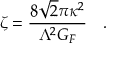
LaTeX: \zeta = { \frac { 8 \sqrt { 2 } \pi \kappa ^ { 2 } } { \Lambda ^ { 2 } G _ { F } } } \ \ \ .